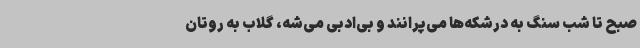
صبح تا شب سنگ به درشکه‌ها می‌پرانند و بی‌ادبی می‌شه، گلاب به روتان